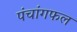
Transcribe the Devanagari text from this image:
पंचांगफल